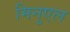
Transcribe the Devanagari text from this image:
मिनुएल